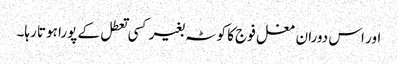
اور اس دوران مغل فوج کا کوٹہ بغیر کسی تعطل کے پورا ہوتا رہا۔